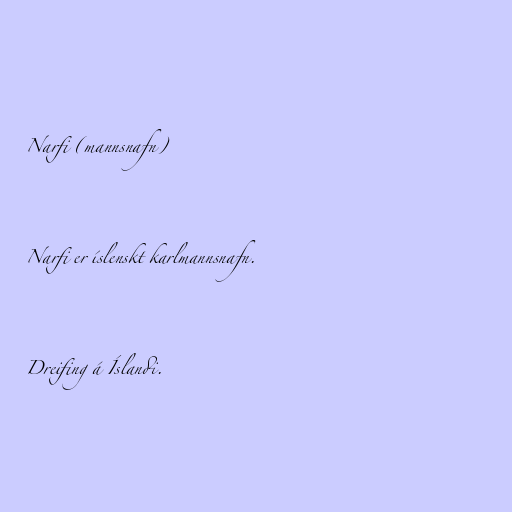
Narfi (mannsnafn)

Narfi er íslenskt karlmannsnafn.

Dreifing á Íslandi.